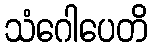
သံဂေါပေတိ